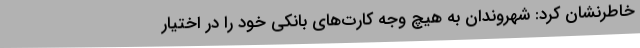
خاطرنشان کرد: شهروندان به هیچ وجه کارت‌های بانکی خود را در اختیار